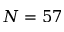
N = 5 7